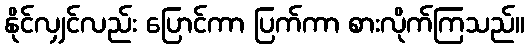
နိုင်လျှင်လည်း ပြောင်ကာ ပြက်ကာ စားလိုက်ကြသည်။